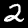
Digit: 2